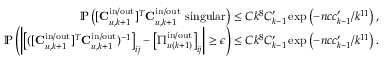
\begin{array} { r } { \mathbb { P } \left( [ \mathbf { C } _ { u , k + 1 } ^ { \mathrm { i n } / \mathrm { o u t } } ] ^ { T } \mathbf { C } _ { u , k + 1 } ^ { \mathrm { i n } / \mathrm { o u t } } \mathrm { ~ s i n g u l a r } \right) \leq C k ^ { 8 } C _ { k - 1 } ^ { \prime } \exp \left( - n c c _ { k - 1 } ^ { \prime } / k ^ { 1 1 } \right) , } \\ { \mathbb { P } \left( \left| \left[ ( [ \mathbf { C } _ { u , k + 1 } ^ { \mathrm { i n } / \mathrm { o u t } } ] ^ { T } \mathbf { C } _ { u , k + 1 } ^ { \mathrm { i n } / \mathrm { o u t } } ) ^ { - 1 } \right] _ { i j } - \left[ \boldsymbol { \Pi } _ { u ( k + 1 ) } ^ { \mathrm { i n } / \mathrm { o u t } } \right] _ { i j } \right| \geq \epsilon \right) \leq C k ^ { 8 } C _ { k - 1 } ^ { \prime } \exp \left( - n c c _ { k - 1 } ^ { \prime } / k ^ { 1 1 } \right) . } \end{array}